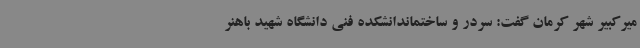
میرکبیر شهر کرمان گفت: سردر و ساختماندانشکده فنی دانشگاه شهید باهنر